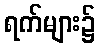
ရက်များ၌